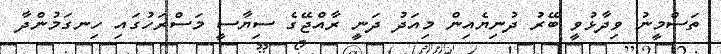
ތަސްމީނު ވިދާޅުވީ ބޭރު ދުނިޔެއިން މިއަދު ދަނީ ރާއްޖޭގެ ސިޔާސީ މަސްރަހުގައި ހިނގަމުންދާ